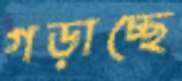
গড়াচ্ছে